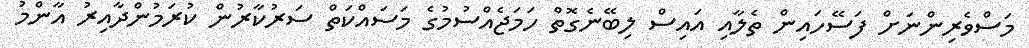
މަސްވެރިންނަށް ފަސޭހައިން ތެލާއި އައިސް ލިބޭނެގޮތް ހަމަޖެއްސުމުގެ މަސައްކަތް ސަރުކާރުން ކުރަމުންދާއިރު އާންމު